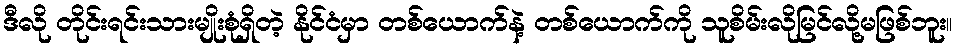
ဒီလို တိုင်းရင်းသားမျိုးစုံရှိတဲ့ နိုင်ငံမှာ တစ်ယောက်နဲ့ တစ်ယောက်ကို သူစိမ်းလိုမြင်လို့မဖြစ်ဘူး။